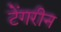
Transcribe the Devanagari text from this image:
टेंगरीन